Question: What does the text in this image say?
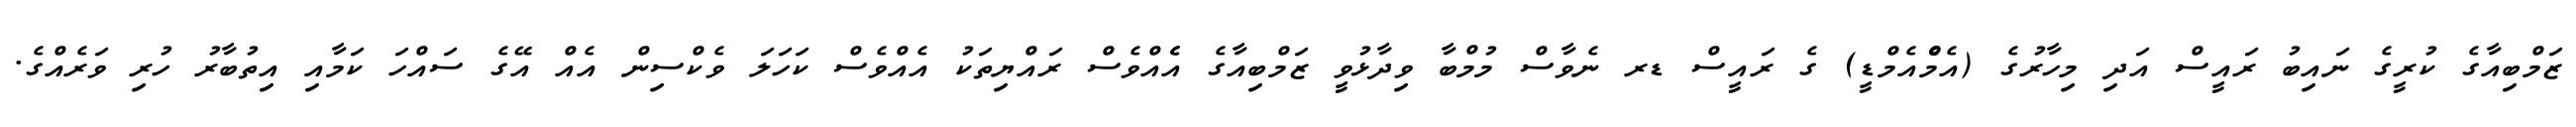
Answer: ޒަމްބިއާގެ ކުރީގެ ނައިބު ރައީސް އަދި މިހާރުގެ (އެމްެްެއެމްޑީ) ގެ ރައީސް ޑރ ނެވާސް މުމްބާ ވިދާޅުވީ ޒަމްބިއާގެ އެެއްވެސް ރައްޔިތަކު އެއްވެސް ކަހަލަ ވެކްސިން އެއް އޭގެ ސައްހަ ކަމާއި އިތުބާރު ހުރި ވަރެއްގެ.